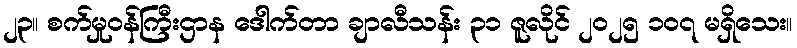
၂၃။ စက်မှုဝန်ကြီးဌာန ဒေါက်တာ ချာလီသန်း ၃၁ ဇူလိုင် ၂၀၂၅ ၁၀၇ မရှိသေး။